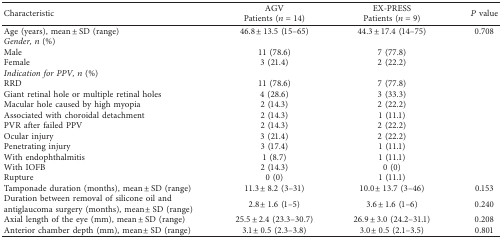
<table><thead><tr><td rowspan="2"><b>Characteristic</b></td><td><b>AGV</b></td><td><b>EX-PRESS</b></td><td rowspan="2"><b><i>P</i> value</b></td></tr><tr><td><b>Patients (<i>n</i>=14)</b></td><td><b>Patients (<i>n</i>=9)</b></td></tr></thead><tbody><tr><td>Age (years), mean ± SD (range)</td><td>46.8 ± 13.5 (15–65)</td><td>44.3 ± 17.4 (14–75)</td><td>0.708</td></tr><tr><td><i>Gender,n</i> (%)</td><td colspan="3"> </td></tr><tr><td>Male</td><td>11 (78.6)</td><td>7 (77.8)</td><td rowspan="2"> </td></tr><tr><td>Female</td><td>3 (21.4)</td><td>2 (22.2)</td></tr><tr><td><i>Indication for PPV,n</i> (%)</td><td colspan="3"> </td></tr><tr><td>RRD</td><td>11 (78.6)</td><td>7 (77.8)</td><td rowspan="10"> </td></tr><tr><td>Giant retinal hole or multiple retinal holes</td><td>4 (28.6)</td><td>3 (33.3)</td></tr><tr><td>Macular hole caused by high myopia</td><td>2 (14.3)</td><td>2 (22.2)</td></tr><tr><td>Associated with choroidal detachment</td><td>2 (14.3)</td><td>1 (11.1)</td></tr><tr><td>PVR after failed PPV</td><td>2 (14.3)</td><td>2 (22.2)</td></tr><tr><td>Ocular injury</td><td>3 (21.4)</td><td>2 (22.2)</td></tr><tr><td>Penetrating injury</td><td>3 (17.4)</td><td>1 (11.1)</td></tr><tr><td>With endophthalmitis</td><td>1 (8.7)</td><td>1 (11.1)</td></tr><tr><td>With IOFB</td><td>2 (14.3)</td><td>0 (0)</td></tr><tr><td>Rupture</td><td>0 (0)</td><td>1 (11.1)</td></tr><tr><td>Tamponade duration (months), mean ± SD (range)</td><td>11.3 ± 8.2 (3–31)</td><td>10.0 ± 13.7 (3–46)</td><td>0.153</td></tr><tr><td>Duration between removal of silicone oil and antiglaucoma surgery (months), mean ± SD (range)</td><td>2.8 ± 1.6 (1–5)</td><td>3.6 ± 1.6 (1–6)</td><td>0.240</td></tr><tr><td>Axial length of the eye (mm), mean ± SD (range)</td><td>25.5 ± 2.4 (23.3–30.7)</td><td>26.9 ± 3.0 (24.2–31.1)</td><td>0.208</td></tr><tr><td>Anterior chamber depth (mm), mean ± SD (range)</td><td>3.1 ± 0.5 (2.3–3.8)</td><td>3.0 ± 0.5 (2.1–3.5)</td><td>0.801</td></tr></tbody></table>